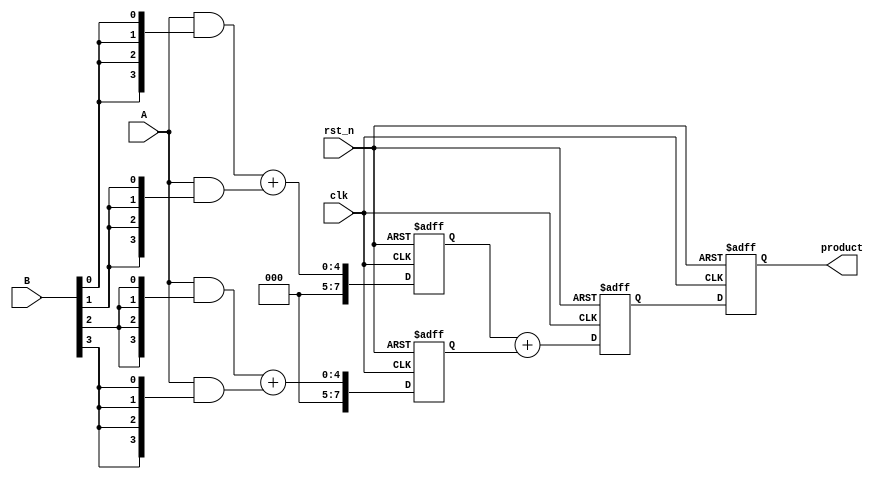
module PipelinedWallaceTreeMultiplier(
    input clk,
    input rst_n,
    input [3:0] A, // 4-bit multiplicand
    input [3:0] B, // 4-bit multiplier
    output reg [7:0] product // 8-bit product
);

    reg [3:0] pp [0:3]; // Partial product storage
    reg [7:0] sum_stage1 [0:1]; // First stage sums
    reg [7:0] sum_stage2; // Final sum
    wire [7:0] adder_out; // Add output
    
    // Partial product generation (AND operation)
    integer i;
    always @(*) begin
        for (i = 0; i < 4; i = i + 1) begin
            pp[i] = A & {4{B[i]}}; // Generate partial products
        end
    end

    // Wallace Tree Stage 1: Reduce partial products using half-adders and full-adders
    always @(posedge clk or negedge rst_n) begin
        if (!rst_n) begin
            sum_stage1[0] <= 8'b0;
            sum_stage1[1] <= 8'b0;
        end else begin
            sum_stage1[0] <= pp[0] + pp[1]; // First sum
            sum_stage1[1] <= pp[2] + pp[3]; // Second sum
        end
    end

    // Wallace Tree Stage 2: Final addition
    always @(posedge clk or negedge rst_n) begin
        if (!rst_n) begin
            sum_stage2 <= 8'b0;
        end else begin
            sum_stage2 <= sum_stage1[0] + sum_stage1[1]; // Final sum
        end
    end

    // Output register to store final product
    always @(posedge clk or negedge rst_n) begin
        if (!rst_n) begin
            product <= 8'b0;
        end else begin
            product <= sum_stage2; // Latch final product
        end
    end

endmodule